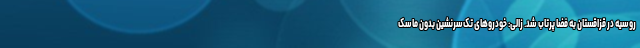
روسیه در قزاقستان به فضا پرتاب شد. زالی: خودروهای تک‌سرنشین بدون ماسک